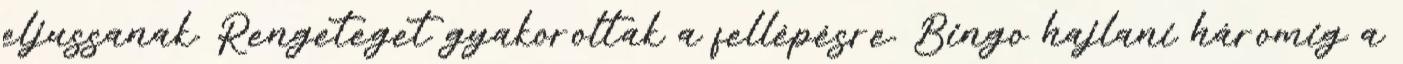
eljussanak. Rengeteget gyakoroltak a fellépésre. Bingo hajlani háromig a